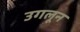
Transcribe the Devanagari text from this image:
उगलून